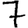
Digit: 7